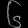
Digit: ၆